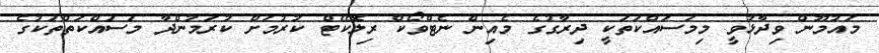
މައުމޫން ވިދާޅުވީ މިމަސައްކަތަކީ ދިރާގުގެ މެއިން ނެޓްވޯކް ރިލޮކޭޓް ކުރުމަށް ކުރަމުންދާ މަސައްކަތްތަކުގެ